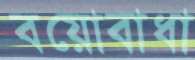
বয়োবাধা